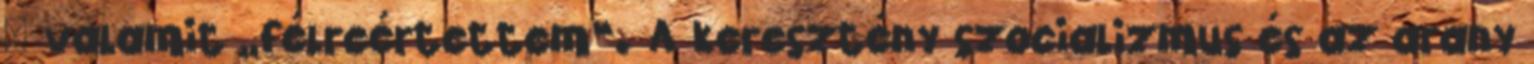
– valamit „félreértettem”. A keresztény szocializmus és az arany